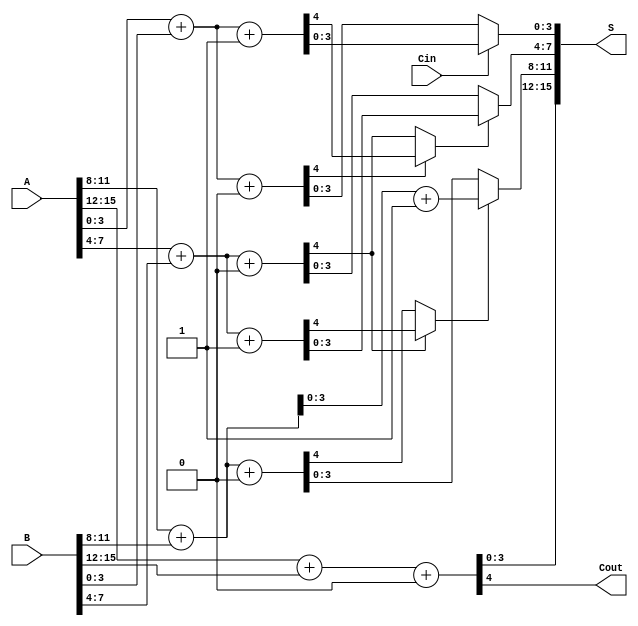
module carry_select_adder #(parameter N = 16, parameter K = 4) (
    input [N-1:0] A,
    input [N-1:0] B,
    input Cin,
    output [N-1:0] S,
    output Cout
);

    localparam NUM_SEGMENTS = N / K;

    // Partial sums and carries for both cases of Cin (0 and 1)
    wire [K-1:0] Sum0 [0:NUM_SEGMENTS-1];
    wire [K-1:0] Sum1 [0:NUM_SEGMENTS-1];
    wire Cout0 [0:NUM_SEGMENTS-1];
    wire Cout1 [0:NUM_SEGMENTS-1];

    // Generate partial sums and carries for each segment
    genvar i;
    generate
        for (i = 0; i < NUM_SEGMENTS; i = i + 1) begin: seg
            wire [K-1:0] A_seg = A[i*K +: K];
            wire [K-1:0] B_seg = B[i*K +: K];

            // Add with Cin = 0
            assign {Cout0[i], Sum0[i]} = A_seg + B_seg + 1'b0;
            // Add with Cin = 1
            assign {Cout1[i], Sum1[i]} = A_seg + B_seg + 1'b1;
        end
    endgenerate

    // Logic to select the correct sum and carry based on previous carry
    wire [NUM_SEGMENTS-2:0] carry;
    assign carry[0] = Cin; // Initial carry input for the first segment

    generate
        for (i = 0; i < NUM_SEGMENTS-1; i = i + 1) begin: mux
            assign carry[i+1] = Cout0[i] ? Cout1[i] : Cout0[i+1];
        end
    endgenerate

    // Select the sum outputs based on the carry chain
    generate
        for (i = 0; i < NUM_SEGMENTS; i = i + 1) begin: sum_mux
            assign S[i*K +: K] = carry[i] ? Sum1[i] : Sum0[i];
        end
    endgenerate

    // Final carry out
    assign Cout = carry[NUM_SEGMENTS-1] ? Cout1[NUM_SEGMENTS-1] : Cout0[NUM_SEGMENTS-1];

endmodule